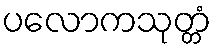
ပလောကသုတ္တံ